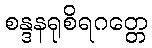
စန္ဒနရုစိရဂတ္တေ